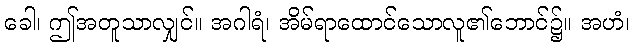
ခေါ၊ ဤအတူသာလျှင်။ အဂါရံ၊ အိမ်ရာထောင်သောလူ၏ဘောင်၌။ အဟံ၊